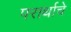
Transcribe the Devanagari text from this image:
परार्थाचे